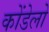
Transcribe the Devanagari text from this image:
कोंडेलो